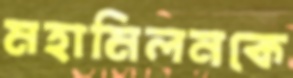
মহামিলনকে